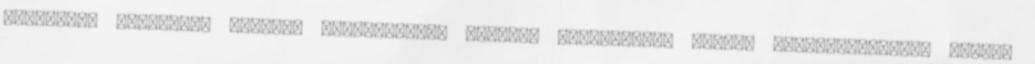
kapcsolat felvételi űrlapok segítségével küldött üzeneteket, online beszélgetéseket minden